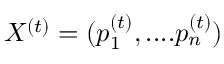
X ^ { ( t ) } = ( p _ { 1 } ^ { ( t ) } , . . . . p _ { n } ^ { ( t ) } )